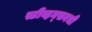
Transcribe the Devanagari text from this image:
स्टीव्हन्‍सनची